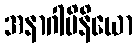
အနာဂါမိနိယော